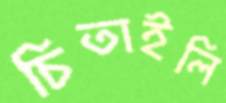
চিতাইলি